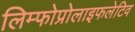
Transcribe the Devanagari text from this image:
लिम्फोप्रोलाइफलेटिव